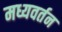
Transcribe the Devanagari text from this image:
मध्यवर्तन